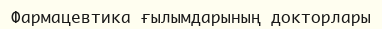
Фармацевтика ғылымдарының докторлары